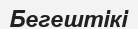
Бегештікі